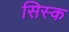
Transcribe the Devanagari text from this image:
सिस्क